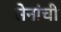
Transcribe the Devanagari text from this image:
सेनांची